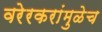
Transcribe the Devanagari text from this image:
वरेरकरांमुळेच